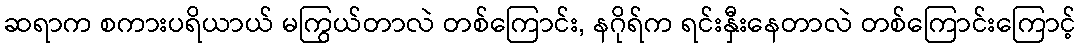
ဆရာက စကားပရိယာယ် မကြွယ်တာလဲ တစ်ကြောင်း, နဂိုရ်က ရင်းနှီးနေတာလဲ တစ်ကြောင်းကြောင့်